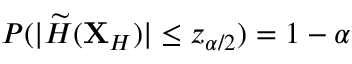
P ( | \widetilde { H } ( \mathbf { X } _ { H } ) | \le z _ { \alpha / 2 } ) = 1 - \alpha